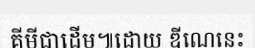
គីមីជាដើម៕ដោយ ឌីណេនេះ